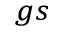
_ { g s }